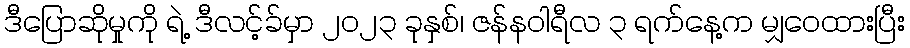
ဒီပြောဆိုမှုကို ရဲ့ ဒီလင့်ခ်မှာ ၂၀၂၃ ခုနှစ်၊ ဇန်နဝါရီလ ၃ ရက်နေ့က မျှဝေထားပြီး